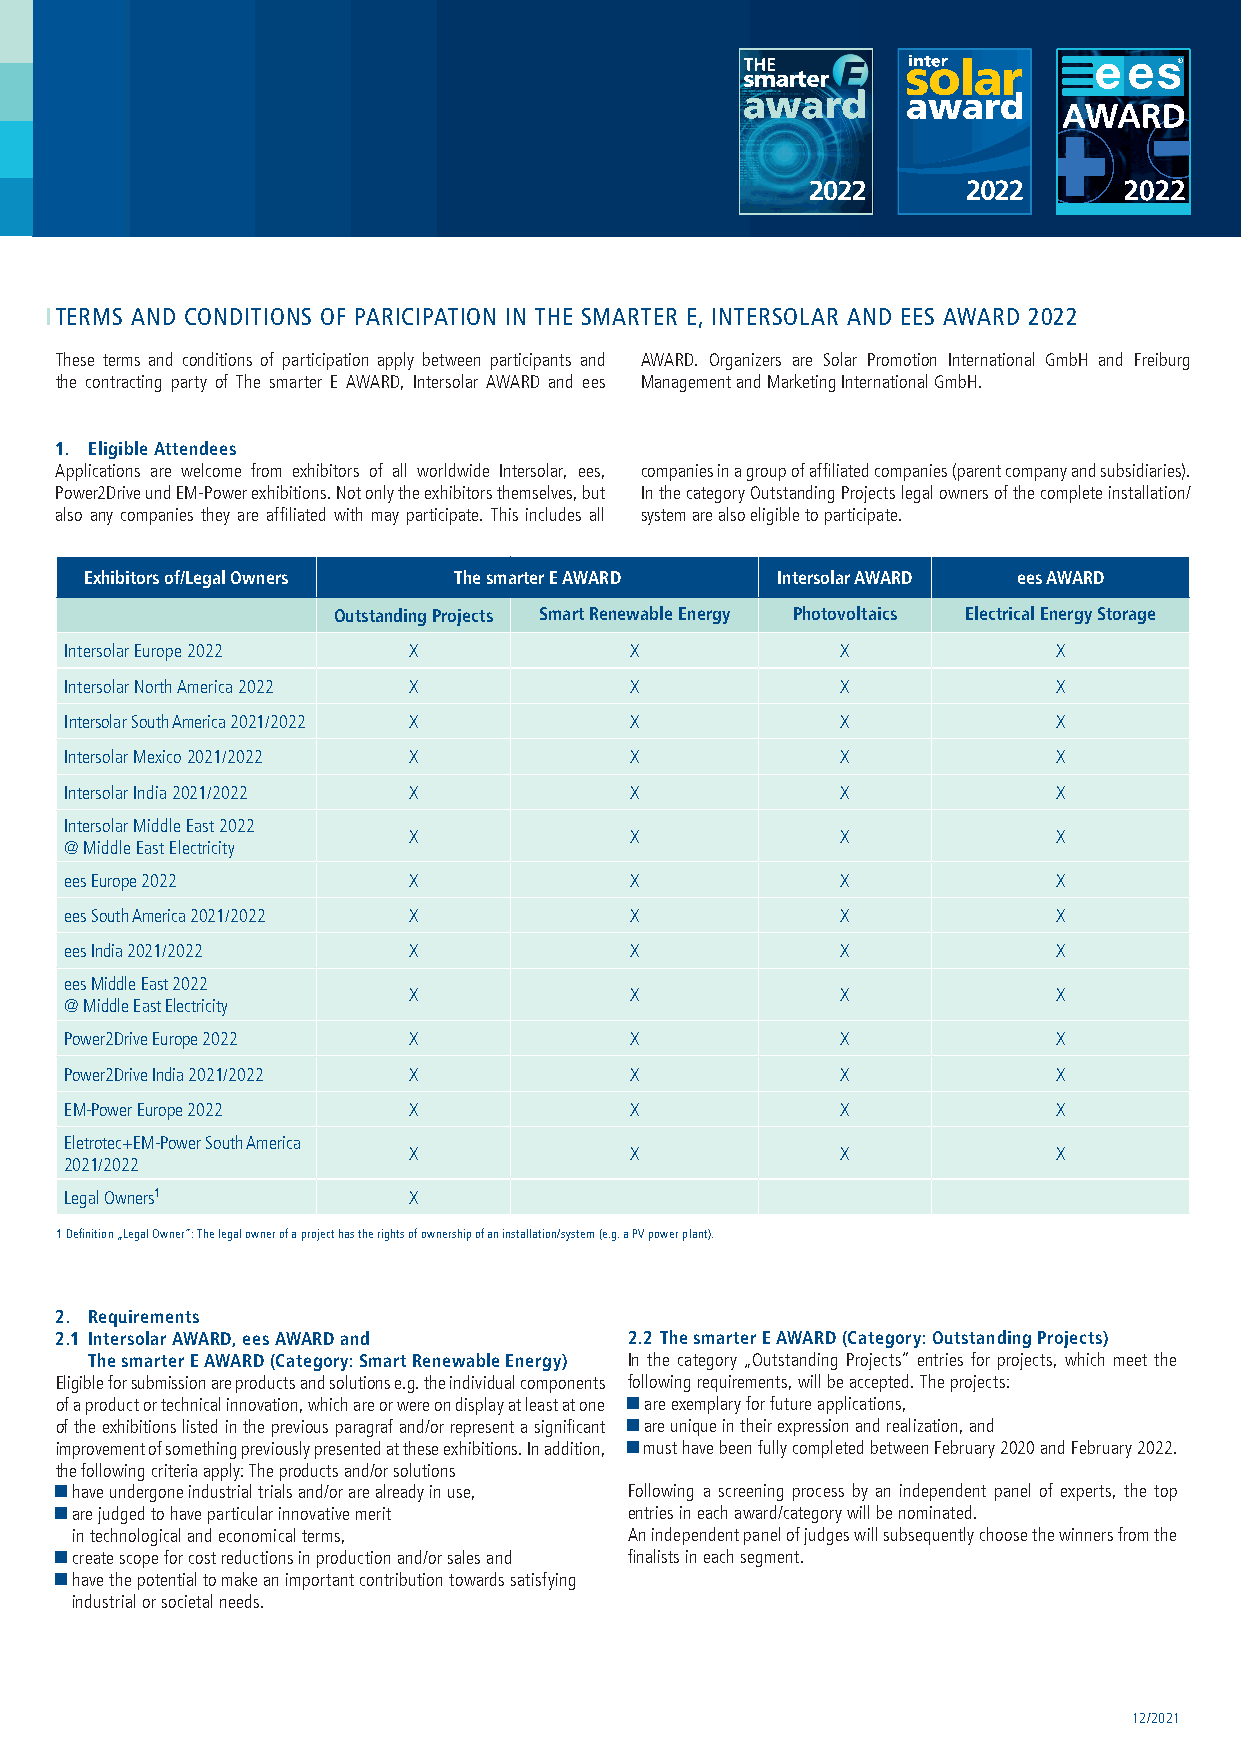
award
 TERMS AND CONDITIONS OF PARICIPATION IN THE SMARTER E, INTERSOLAR AND EES AWARD 2022
 These terms and conditions of participation apply between participants and AWARD. Organizers are Solar Promotion International GmbH and Freiburg
 the contracting party of The smarter E AWARD, Intersolar AWARD and ees Management and Marketing International GmbH.
 1. Eligible Attendees
 Applications are welcome from exhibitors of all worldwide Intersolar, ees, companies in a group of affiliated companies (parent company and subsidiaries).
 Power2Drive und EM-Power exhibitions. Not only the exhibitors themselves, but In the category Outstanding Projects legal owners of the complete installation/
 also any companies they are affiliated with may participate. This includes all system are also eligible to participate.
 Exhibitors of/Legal Owners The smarter E AWARD Intersolar AWARD ees AWARD
 Outstanding Projects Smart Renewable Energy Photovoltaics Electrical Energy Storage
 Intersolar Europe 2022 X              X             X             X
 Intersolar North America 2022 X       X             X             X
 Intersolar South America 2021/2022 X  X             X             X
 Intersolar Mexico 2021/2022 X         X             X             X
 Intersolar India 2021/2022 X          X             X             X
 Intersolar Middle East 2022
 X              X             X             X
 @ Middle East Electricity
 ees Europe 2022        X              X             X             X
 ees South America 2021/2022 X         X             X             X
 ees India 2021/2022    X              X             X             X
 ees Middle East 2022
 X              X             X             X
 @ Middle East Electricity
 Power2Drive Europe 2022 X             X             X             X
 Power2Drive India 2021/2022 X         X             X             X
 EM-Power Europe 2022   X              X             X             X
 Eletrotec+EM-Power South America
 X              X             X             X
 2021/2022
 Legal Owners1          X
 1 Definition „Legal Owner“: The legal owner of a project has the rights of ownership of an installation/system (e.g. a PV power plant).
 2. Requirements
 2.1 Intersolar AWARD, ees AWARD and   2.2 The smarter E AWARD (Category: Outstanding Projects)
 The smarter E AWARD (Category: Smart Renewable Energy) In the category „Outstanding Projects“ entries for projects, which meet the
 Eligible for submission are products and solutions e.g. the individual components following requirements, will be accepted. The projects:
 of a product or technical innovation, which are or were on display at least at one are exemplary for future applications,
 of the exhibitions listed in the previous paragraf and/or represent a significant are unique in their expression and realization, and
 improvement of something previously presented at these exhibitions. In addition, must have been fully completed between February 2020 and February 2022.
 the following criteria apply: The products and/or solutions
 have undergone industrial trials and/or are already in use, Following a screening process by an independent panel of experts, the top
 are judged to have particular innovative merit entries in each award/category will be nominated.
 in technological and economical terms, An independent panel of judges will subsequently choose the winners from the
 create scope for cost reductions in production and/or sales and finalists in each segment.
 have the potential to make an important contribution towards satisfying
 industrial or societal needs.
 12/2021